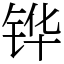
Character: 铧